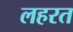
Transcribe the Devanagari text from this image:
लहरत